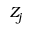
Z _ { j }